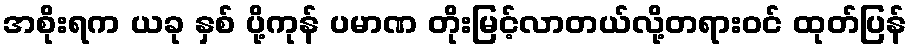
အစိုးရက ယခု နှစ် ပို့ကုန် ပမာဏ တိုးမြင့်လာတယ်လို့တရားဝင် ထုတ်ပြန်